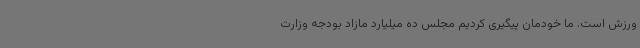
ورزش است. ما خودمان پیگیری کردیم مجلس ده میلیارد مازاد بودجه وزارت